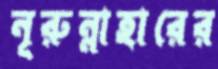
নূরুন্নাহারের